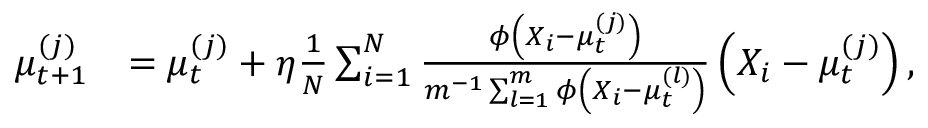
\begin{array} { r l } { \mu _ { t + 1 } ^ { ( j ) } } & { = \mu _ { t } ^ { ( j ) } + \eta \frac { 1 } { N } \sum _ { i = 1 } ^ { N } \frac { \phi \left( X _ { i } - \mu _ { t } ^ { ( j ) } \right) } { m ^ { - 1 } \sum _ { l = 1 } ^ { m } \phi \left( X _ { i } - \mu _ { t } ^ { ( l ) } \right) } \left( X _ { i } - \mu _ { t } ^ { ( j ) } \right) , } \end{array}